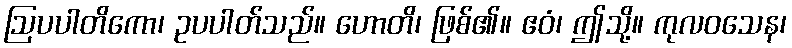
ဩပပါတိကော၊ ဥပပါတ်သည်။ ဟောတိ၊ ဖြစ်၏။ ဧဝံ၊ ဤသို့။ ကုလဝသေန၊